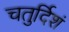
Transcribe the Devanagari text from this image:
चतुर्दिशं